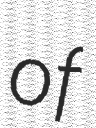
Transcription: of